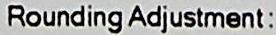
ROUNDING ADJUSTMENT: